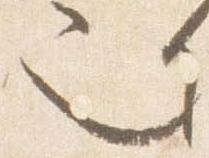
也